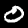
Digit: 0